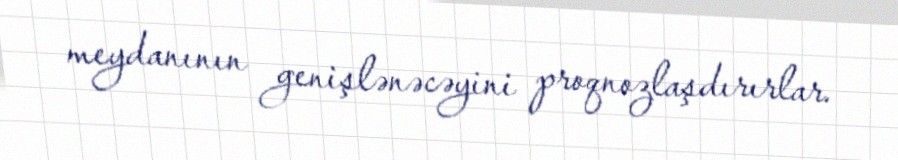
meydanının genişlənəcəyini proqnozlaşdırırlar.